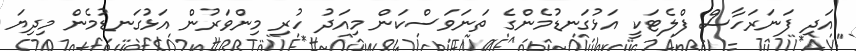
އަދި ފަނަރަހާސް ފްލެޓަކީ އަޅުގަނޑުމެންގެ ތަނަވަސްކަން މިއަދު ހުރި މިންވަރުން އަޅުގަނޑުމެން މިދިޔަ